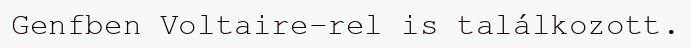
Genfben Voltaire-rel is találkozott.